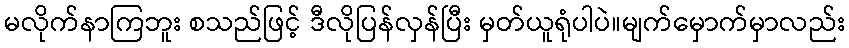
မလိုက်နာကြဘူး စသည်ဖြင့် ဒီလိုပြန်လှန်ပြီး မှတ်ယူရုံပါပဲ။မျက်မှောက်မှာလည်း